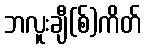
ဘလူးချီ(စ်)ကိတ်